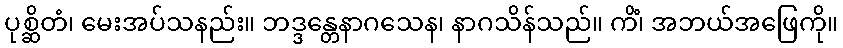
ပုစ္ဆိတံ၊ မေးအပ်သနည်း။ ဘဒ္ဒန္တေနာဂသေန၊ နာဂသိန်သည်။ ကိံ၊ အဘယ်အဖြေကို။